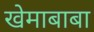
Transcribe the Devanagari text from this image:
खेमाबाबा